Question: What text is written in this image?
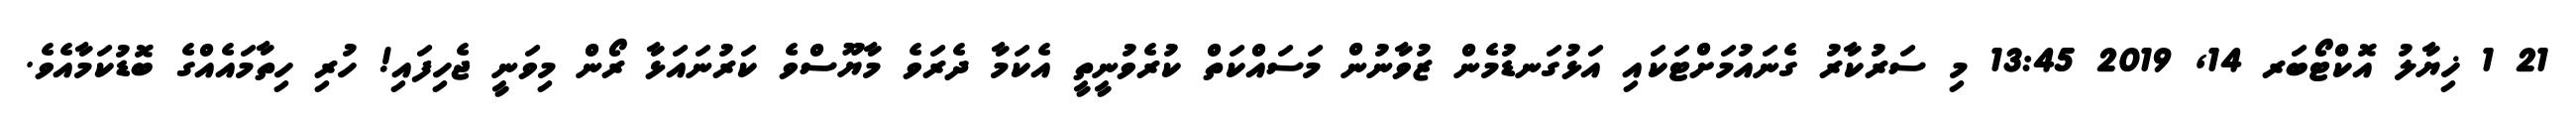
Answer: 21 1 ޚިޔާލު އޮކްޓޯބަރ 14, 2019 13:45 މި ސަރުކާރު ގެނައުމަށްޓަކައި އަޅުގަނޑުމެން ޒުވާނުން މަސައްކަތް ކުރެވުނީތީ އެކަމާ ދެރަވެ މާޔޫސްވެ ކަރުނައަޅާ ރޯން މިވަނީ ޖެހިފައި! ހުރި ހިތާމައެއްގެ ބޮޑުކަމާއެވެ.